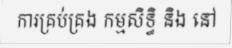
ការគ្រប់គ្រង កម្មសិទ្ធិ និង នៅ